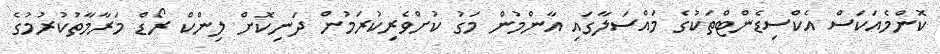
ކޮންމެއަކަސް އެކްސިޑެންޓްތަކުގެ މައްސަލާގައި އާންމުން މަގު ކުށްވެރިކުރަމުން ދަނިކޮށް ލިންކް ރޯޑް މަރާމާތުކުރުމުގެ